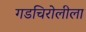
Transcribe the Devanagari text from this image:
गडचिरोलीला